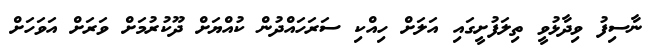
ނާސިފު ވިދާޅުވީ ތިލަފުށީގައި އަލަށް ހިއްކި ސަރަހައްދުން ކުއްޔަށް ދޫކުރުމަށް ވަރަށް އަވަހަށް